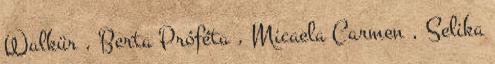
Walkür , Berta Próféta , Micaela Carmen , Selika